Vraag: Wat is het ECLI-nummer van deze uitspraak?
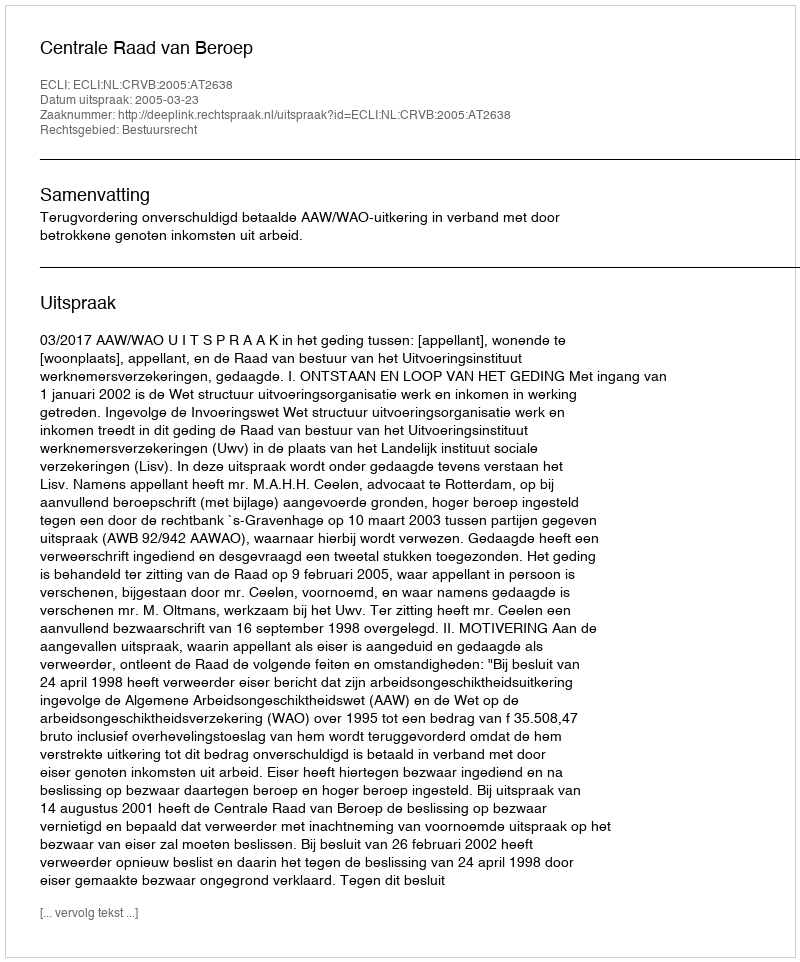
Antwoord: ECLI:NL:CRVB:2005:AT2638